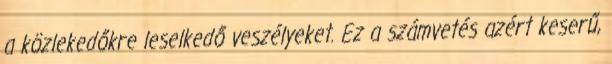
a közlekedőkre leselkedő veszélyeket. Ez a számvetés azért keserű,